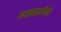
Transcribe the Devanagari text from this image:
व्याख्याशैली।